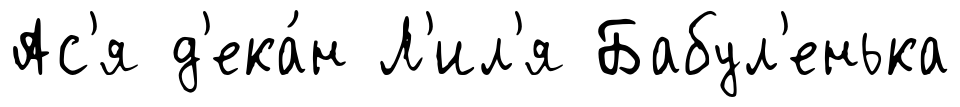
Ас'я д'ека́н Л'ил'я Бабул'енька